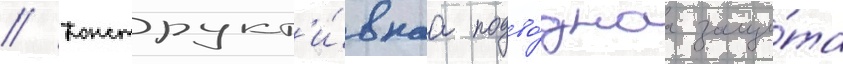
// Конструкт'и́внаа подво́днаа защи́та